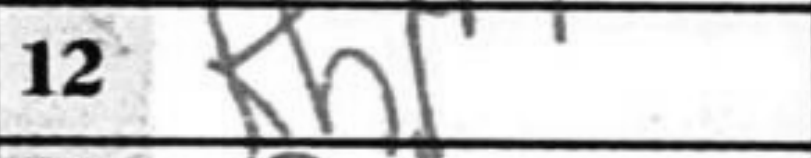
Transcription: Kh1